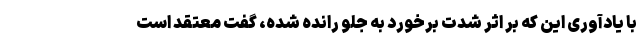
با یادآوری این که بر اثر شدت برخورد به جلو رانده شده، گفت معتقد است